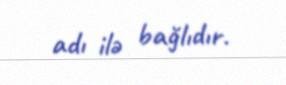
adı ilə bağlıdır.